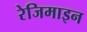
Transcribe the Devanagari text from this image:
रेजिमाइन